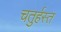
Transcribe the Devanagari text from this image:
चतुर्हस्त